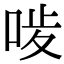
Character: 𠳰